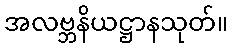
အလဗ္ဘနိယဋ္ဌာနသုတ်။